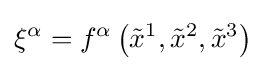
\xi ^{\alpha }=f^{\alpha }\left({\tilde {x}}^{1},{\tilde {x}}^{2},{\tilde {x}}^{3}\right)